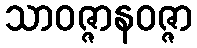
သာဝဇ္ဇာနဝဇ္ဇာ